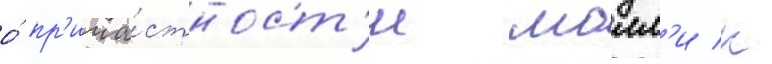
о́ пр'ича́стност'и молл'и к